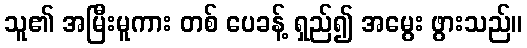
သူ၏ အမြီးမူကား တစ် ပေခန့် ရှည်၍ အမွေး ဖွားသည်။